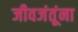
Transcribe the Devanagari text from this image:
जीवजंतूंना